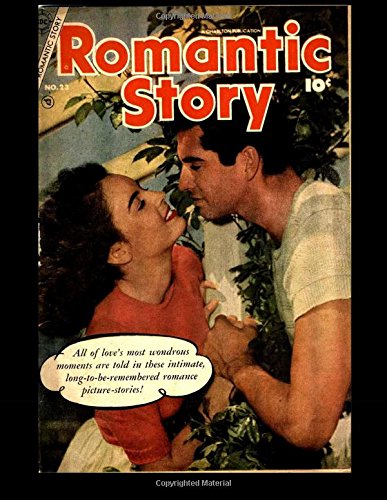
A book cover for Romantic Story #23: 1954 Romance Comic; Kari A Therrian; Comics & Graphic Novels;